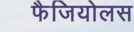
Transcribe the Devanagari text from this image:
फैजियोलस